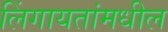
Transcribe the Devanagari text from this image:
लिंगायतांमधील